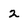
Character: 2